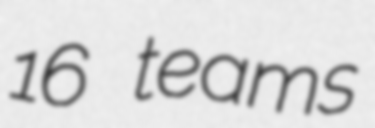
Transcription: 16 teams